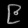
Digit: ၉